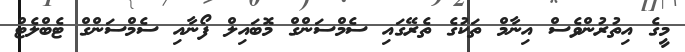
މީގެ އިތުރުންވެސް އިނާމް ތަކުގެ ތެރޭގައި ސެމްސަންގް މޮބައިލް ފޯނާއި ސެމްސަންގް ޓެބްލެޓް